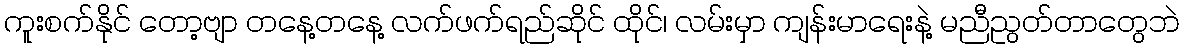
ကူးစက်နိုင် တော့ဗျာ တနေ့တနေ့ လက်ဖက်ရည်ဆိုင် ထိုင်၊ လမ်းမှာ ကျန်းမာရေးနဲ့ မညီညွတ်တာတွေဘဲ